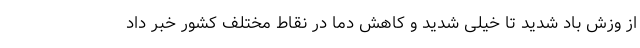
از وزش باد شدید تا خیلی شدید و کاهش دما در نقاط مختلف کشور خبر داد